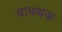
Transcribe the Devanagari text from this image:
यापथक